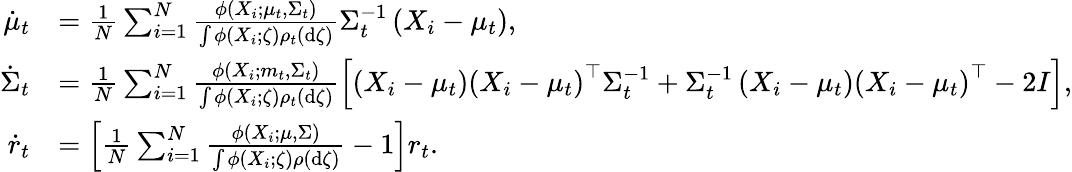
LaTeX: \begin{array}{rl}{\dot{\mu}_{t}}&{=\frac{1}{N}\sum_{i=1}^{N}\frac{\phi\left(X_{i};\mu_{t},\Sigma_{t}\right)}{\int\phi\left(X_{i};\zeta\right)\rho_{t}\left(\mathrm{d}\zeta\right)}\Sigma_{t}^{-1}\left(X_{i}-\mu_{t}\right),}\\ {\dot{\Sigma}_{t}}&{=\frac{1}{N}\sum_{i=1}^{N}\frac{\phi\left(X_{i};m_{t},\Sigma_{t}\right)}{\int\phi\left(X_{i};\zeta\right)\rho_{t}\left(\mathrm{d}\zeta\right)}\left[\left(X_{i}-\mu_{t}\right)\left(X_{i}-\mu_{t}\right)^{\top}\Sigma_{t}^{-1}+\Sigma_{t}^{-1}\left(X_{i}-\mu_{t}\right)\left(X_{i}-\mu_{t}\right)^{\top}-2I\right],}\\ {\dot{r}_{t}}&{=\left[\frac{1}{N}\sum_{i=1}^{N}\frac{\phi\left(X_{i};\mu,\Sigma\right)}{\int\phi\left(X_{i};\zeta\right)\rho\left(\mathrm{d}\zeta\right)}-1\right]r_{t}.}\end{array}